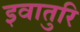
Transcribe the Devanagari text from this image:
इवातुरि